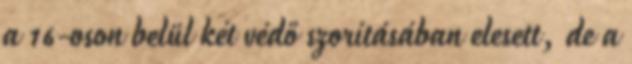
a 16-oson belül két védő szorításában elesett, de a